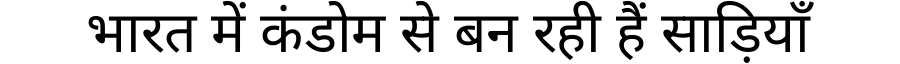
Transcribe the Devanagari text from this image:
भारत में कंडोम से बन रही हैं साड़ियाँ